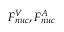
F _ { n u c } ^ { V } , F _ { n u c } ^ { A }